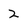
Character: 2